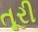
તૂરી